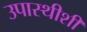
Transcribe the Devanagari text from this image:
उपास्थीशी